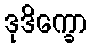
ဒုဒိက္ခော